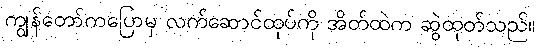
ကျွန်တော်ကပြောမှ လက်ဆောင်ထုပ်ကို အိတ်ထဲက ဆွဲထုတ်သည်။